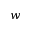
w